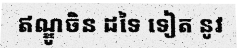
ឥណ្ឌូចិន ដទៃ ទៀត នូវ